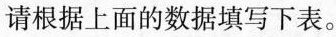
请根据上面的数据填写下表。